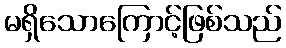
မရှိသောကြောင့်ဖြစ်သည်